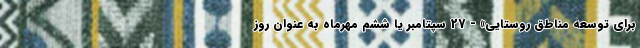
برای توسعۀ مناطق روستایی» - 27 سپتامبر یا ششم مهرماه به عنوان روز